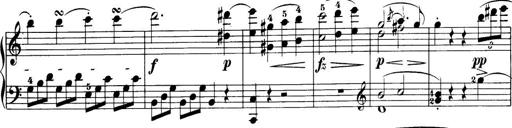
Title: 32 Sonatinas and Rondos for the Piano
Composer: Richard Kleinmichel